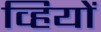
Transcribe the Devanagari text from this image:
व्हियों